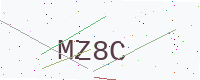
Text: MZ8C